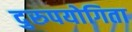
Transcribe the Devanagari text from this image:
दुरुपयोगिता